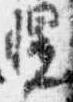
幌